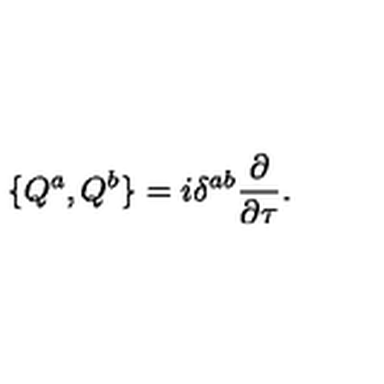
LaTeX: \{ Q ^ { a } , Q ^ { b } \} = i \delta ^ { a b } \frac { \partial } { \partial \tau } .